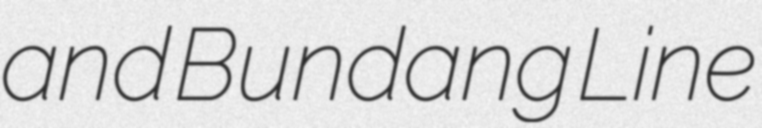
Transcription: and Bundang Line